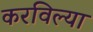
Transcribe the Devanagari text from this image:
करविल्या